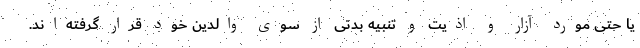
یا حتی مورد آزار و اذیت و تنبیه بدنی از سوی والدین خود قرار گرفته‌اند.